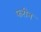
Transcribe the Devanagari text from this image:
फरीन